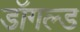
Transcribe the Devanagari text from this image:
डॉगल्ड